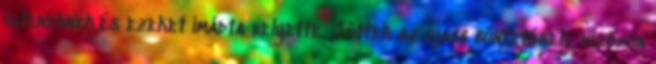
isteneknek,és ezeket imádta helyette. Jöttek az újabb büntetések: vízözön